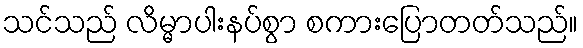
သင်သည် လိမ္မာပါးနပ်စွာ စကားပြောတတ်သည်။